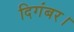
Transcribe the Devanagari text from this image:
दिगंबर।